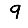
Digit: 9